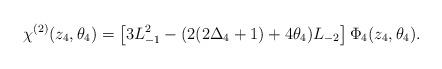
LaTeX: \begin{align*}\chi^{(2)}(z_{4},\theta_{4})=\left[3L_{-1}^{2}-(2(2\Delta_{4}+1)+4\theta_{4})L_{-2}\right]\Phi_{4}(z_{4},\theta_{4}).\end{align*}